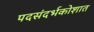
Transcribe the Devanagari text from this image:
पदसंदर्भकोशात